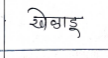
मजकूर: खेळाडू